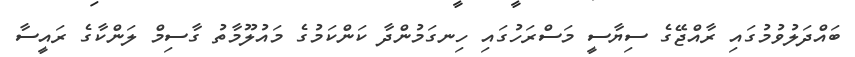
ބައްދަލުވުމުގައި ރާއްޖޭގެ ސިޔާސީ މަސްރަހުގައި ހިނގަމުންދާ ކަންކަމުގެ މައުލޫމާތު ގާސިމް ލަންކާގެ ރައީސާ